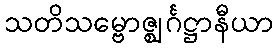
သတိသမ္ဗောဇ္ဈင်္ဂဋ္ဌာနီယာ